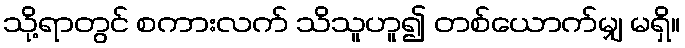
သို့ရာတွင် စကားလက် သိသူဟူ၍ တစ်ယောက်မျှ မရှိ။